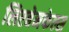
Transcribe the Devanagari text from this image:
लिएबेनफेल्स